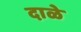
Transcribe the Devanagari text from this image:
दाळे